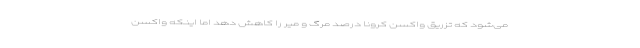
می‌شود که تزریق واکسن کرونا درصد مرگ و میر را کاهش دهد اما اینکه واکسن